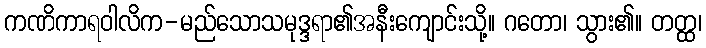
ကဏိကာရဝါလိက-မည်သောသမုဒ္ဒရာ၏အနီးကျောင်းသို့။ ဂတော၊ သွား၏။ တတ္ထ၊